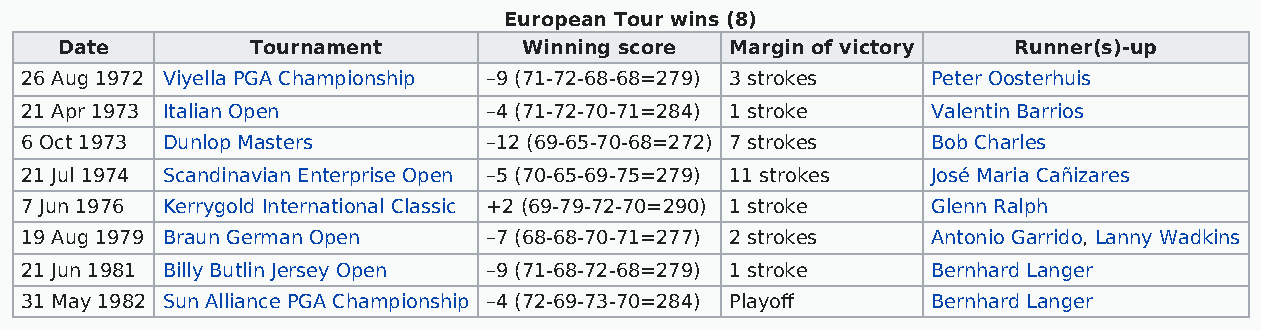
European Tour wins (8)
 Date         Tournament        Winning score Margin of victory Runner(s)-up
 26 Aug 1972 Viyella PGA Championship –9 (71-72-68-68=279) 3 strokes Peter Oosterhuis
 21 Apr 1973 Italian Open       –4 (71-72-70-71=284) 1 stroke Valentin Barrios
 6 Oct 1973 Dunlop Masters      –12 (69-65-70-68=272) 7 strokes Bob Charles
 21 Jul 1974 Scandinavian Enterprise Open –5 (70-65-69-75=279) 11 strokes José Maria Cañizares
 7 Jun 1976 Kerrygold International Classic +2 (69-79-72-70=290) 1 stroke Glenn Ralph
 19 Aug 1979 Braun German Open  –7 (68-68-70-71=277) 2 strokes Antonio Garrido, Lanny Wadkins
 21 Jun 1981 Billy Butlin Jersey Open –9 (71-68-72-68=279) 1 stroke Bernhard Langer
 31 May 1982 Sun Alliance PGA Championship –4 (72-69-73-70=284) Playoff Bernhard Langer